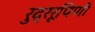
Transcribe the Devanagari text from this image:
रुद्ररूपिणी